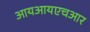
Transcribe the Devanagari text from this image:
आयआयएचआर